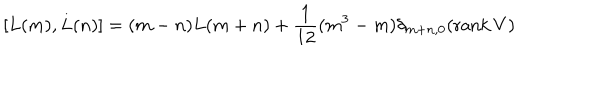
[ L ( m ) , L ( n ) ] = ( m - n ) L ( m + n ) + \frac { 1 } { 1 2 } ( m ^ { 3 } - m ) \delta _ { m + n , 0 } ( \mathrm { r a n k } \, V )